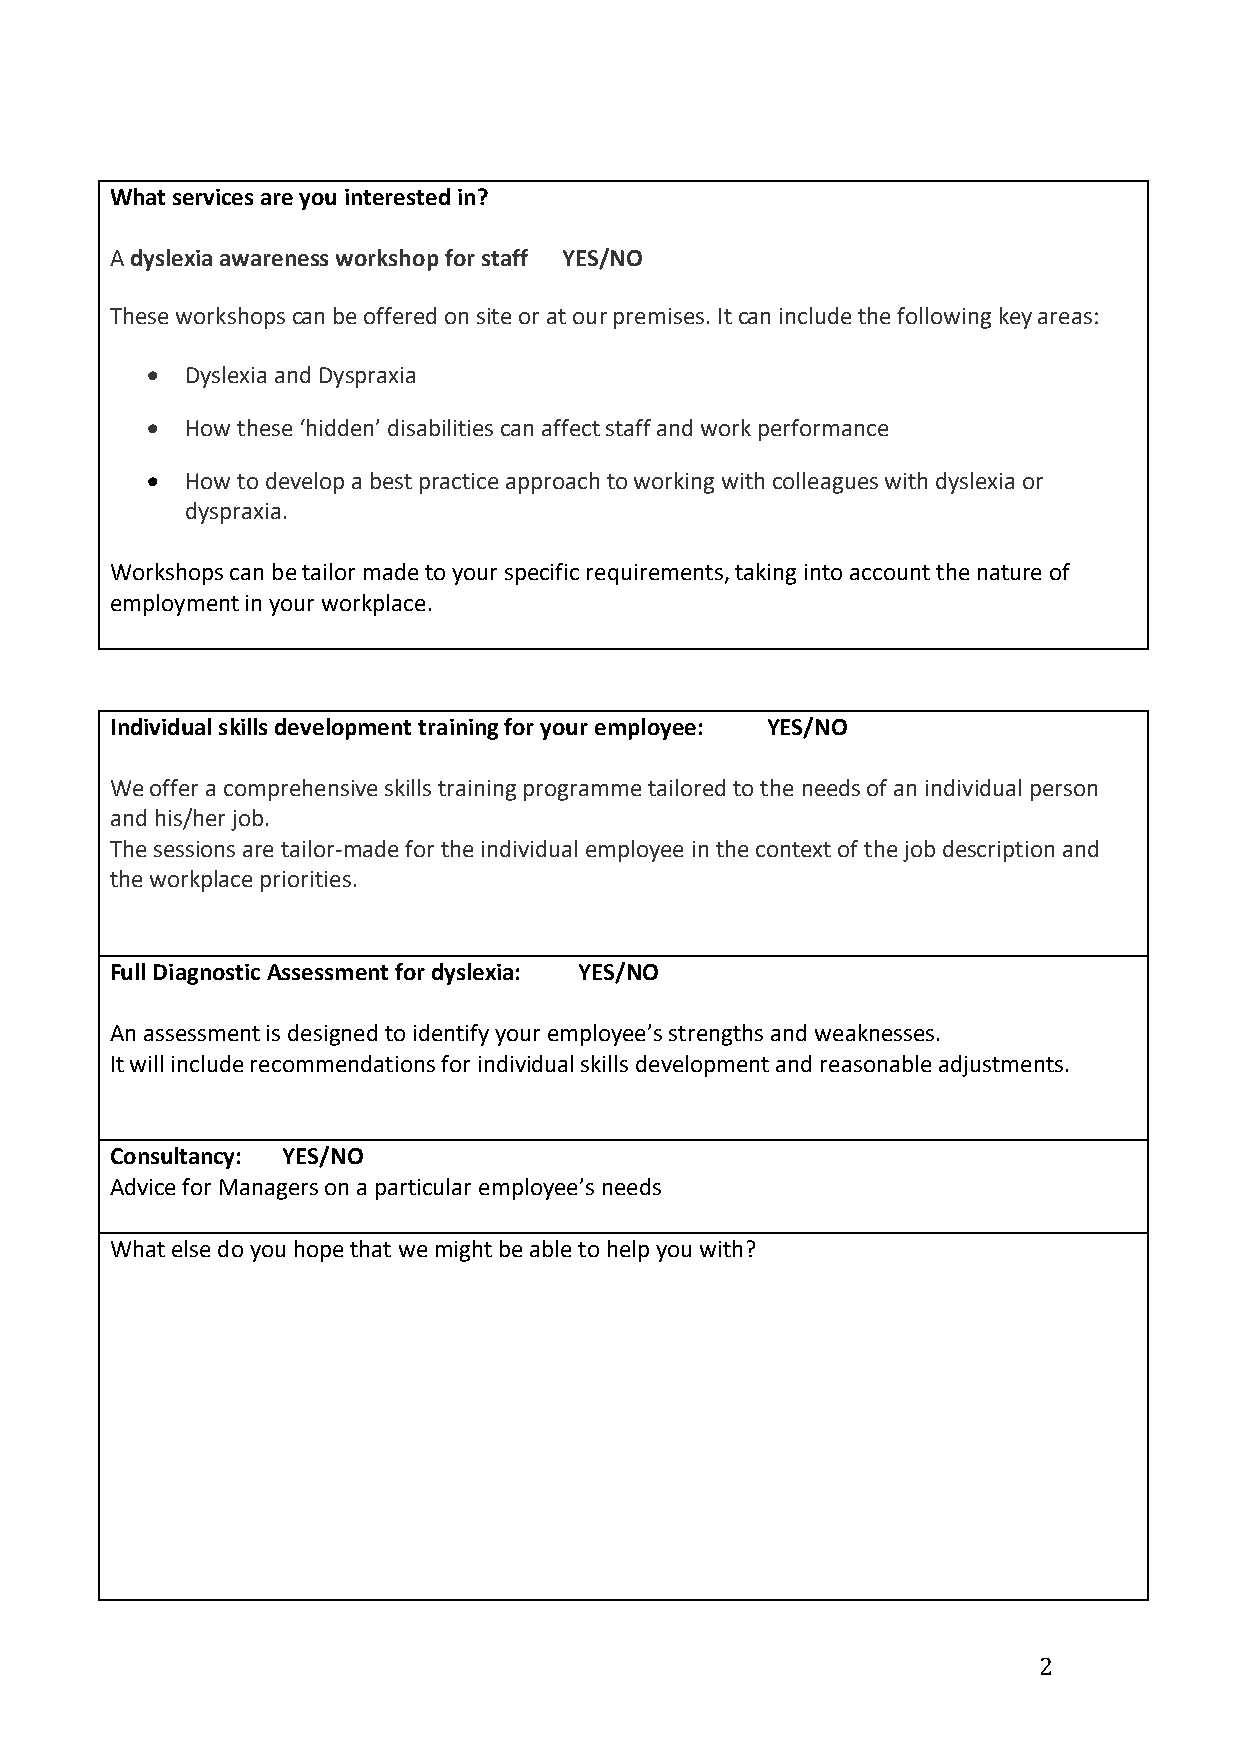
What services are you interested in?
 A dyslexia awareness workshop for staff YES/NO
 These workshops can be offered on site or at our premises. It can include the following key areas:
  Dyslexia and Dyspraxia
  How these ‘hidden’ disabilities can affect staff and work performance
  How to develop a best practice approach to working with colleagues with dyslexia or
 dyspraxia.
 Workshops can be tailor made to your specific requirements, taking into account the nature of
 employment in your workplace.
 Individual skills development training for your employee: YES/NO
 We offer a comprehensive skills training programme tailored to the needs of an individual person
 and his/her job.
 The sessions are tailor-made for the individual employee in the context of the job description and
 the workplace priorities.
 Full Diagnostic Assessment for dyslexia: YES/NO
 An assessment is designed to identify your employee’s strengths and weaknesses.
 It will include recommendations for individual skills development and reasonable adjustments.
 Consultancy: YES/NO
 Advice for Managers on a particular employee’s needs
 What else do you hope that we might be able to help you with?
 2